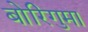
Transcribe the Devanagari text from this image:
बोरिगुमा